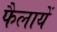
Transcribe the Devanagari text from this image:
फैलायें